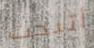
أتيحت